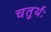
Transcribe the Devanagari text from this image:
चतुर्थः